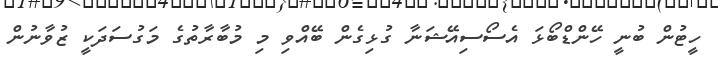
ހީޓުން ބުނީ ހޭންޑްބޯޅަ އެސޯސިއޭޝަނާ ގުޅިގެން ބޭއްވި މި މުބާރާތުގެ މަގުސަދަކީ ޒުވާނުން